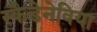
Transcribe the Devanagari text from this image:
स्कैडेनेविया